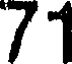
71